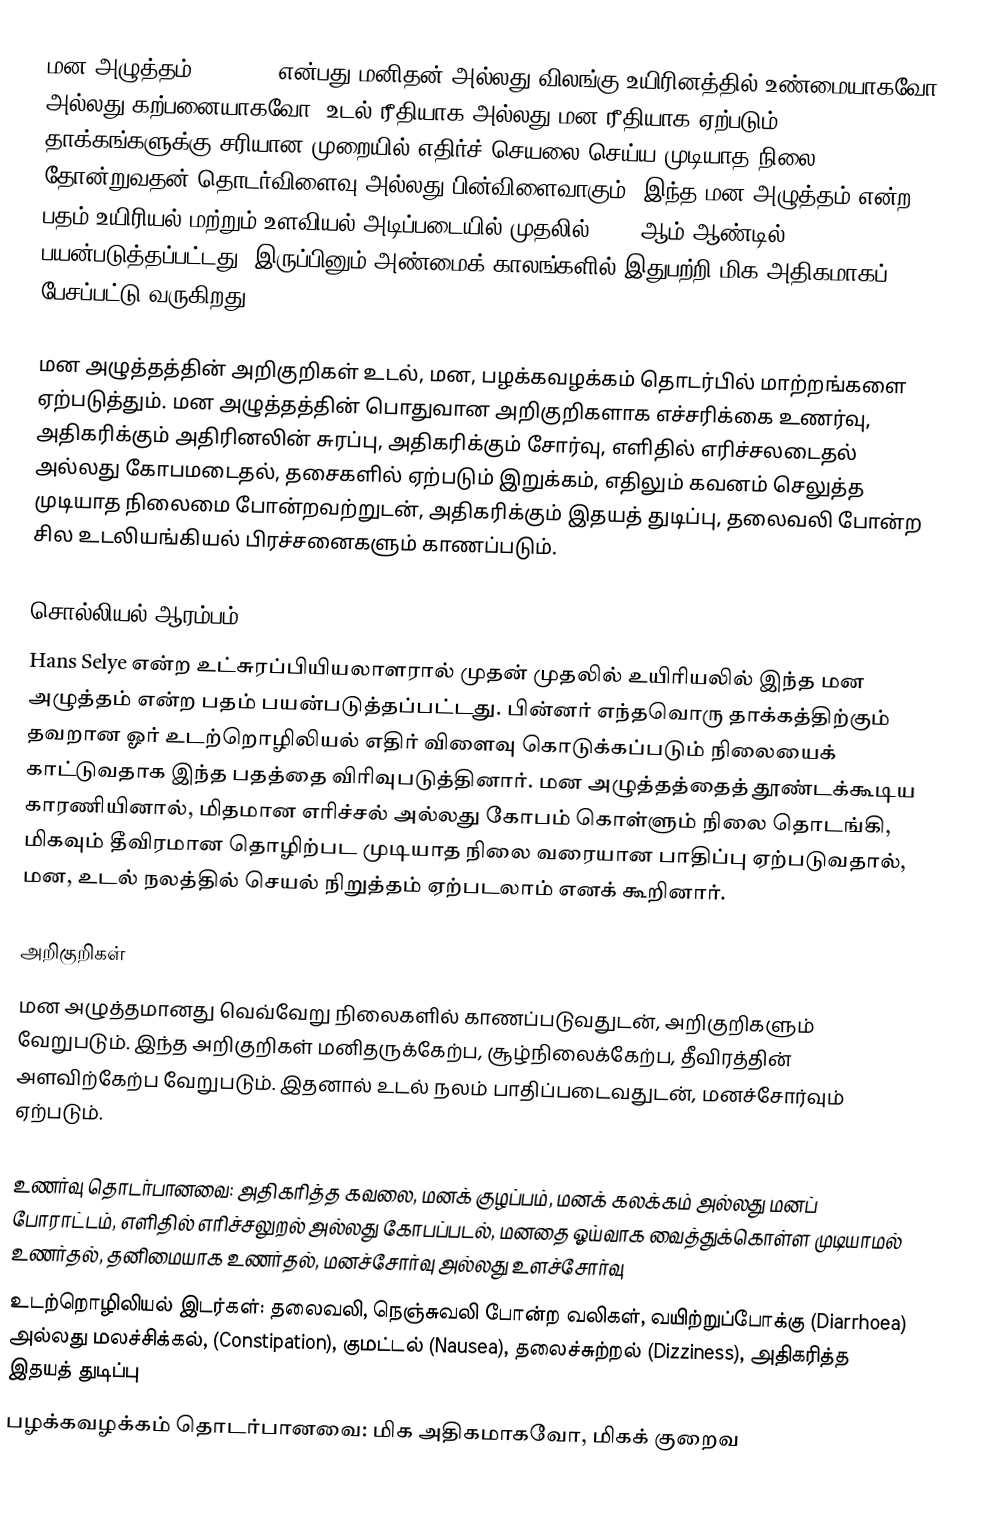
மன அழுத்தம் (Stress) என்பது மனிதன் அல்லது விலங்கு உயிரினத்தில் உண்மையாகவோ அல்லது கற்பனையாகவோ, உடல் ரீதியாக அல்லது மன ரீதியாக ஏற்படும் தாக்கங்களுக்கு சரியான முறையில் எதிர்ச் செயலை செய்ய முடியாத நிலை தோன்றுவதன் தொடர்விளைவு அல்லது பின்விளைவாகும். இந்த மன அழுத்தம் என்ற பதம் உயிரியல் மற்றும் உளவியல் அடிப்படையில் முதலில் 1930 ஆம் ஆண்டில் பயன்படுத்தப்பட்டது. இருப்பினும் அண்மைக் காலங்களில் இதுபற்றி மிக அதிகமாகப் பேசப்பட்டு வருகிறது.

மன அழுத்தத்தின் அறிகுறிகள் உடல், மன, பழக்கவழக்கம் தொடர்பில் மாற்றங்களை ஏற்படுத்தும். மன அழுத்தத்தின் பொதுவான அறிகுறிகளாக எச்சரிக்கை உணர்வு, அதிகரிக்கும் அதிரினலின் சுரப்பு, அதிகரிக்கும் சோர்வு, எளிதில் எரிச்சலடைதல் அல்லது கோபமடைதல், தசைகளில் ஏற்படும் இறுக்கம், எதிலும் கவனம் செலுத்த முடியாத நிலைமை போன்றவற்றுடன், அதிகரிக்கும் இதயத் துடிப்பு, தலைவலி போன்ற சில உடலியங்கியல் பிரச்சனைகளும் காணப்படும்.

சொல்லியல் ஆரம்பம்
Hans Selye என்ற உட்சுரப்பியியலாளரால் முதன் முதலில் உயிரியலில் இந்த மன அழுத்தம் என்ற பதம் பயன்படுத்தப்பட்டது. பின்னர் எந்தவொரு தாக்கத்திற்கும் தவறான ஓர் உடற்றொழிலியல் எதிர் விளைவு கொடுக்கப்படும் நிலையைக் காட்டுவதாக இந்த பதத்தை விரிவுபடுத்தினார். மன அழுத்தத்தைத் தூண்டக்கூடிய காரணியினால், மிதமான எரிச்சல் அல்லது கோபம் கொள்ளும் நிலை தொடங்கி, மிகவும் தீவிரமான தொழிற்பட முடியாத நிலை வரையான பாதிப்பு ஏற்படுவதால், மன, உடல் நலத்தில் செயல் நிறுத்தம் ஏற்படலாம் எனக் கூறினார்.

அறிகுறிகள்
மன அழுத்தமானது வெவ்வேறு நிலைகளில் காணப்படுவதுடன், அறிகுறிகளும் வேறுபடும். இந்த அறிகுறிகள் மனிதருக்கேற்ப, சூழ்நிலைக்கேற்ப, தீவிரத்தின் அளவிற்கேற்ப வேறுபடும். இதனால் உடல் நலம் பாதிப்படைவதுடன், மனச்சோர்வும் ஏற்படும்.

 உணர்வு தொடர்பானவை: அதிகரித்த கவலை, மனக் குழப்பம், மனக் கலக்கம் அல்லது மனப் போராட்டம், எளிதில் எரிச்சலுறல் அல்லது கோபப்படல், மனதை ஓய்வாக வைத்துக்கொள்ள முடியாமல் உணர்தல், தனிமையாக உணர்தல், மனச்சோர்வு அல்லது உளச்சோர்வு
 உடற்றொழிலியல் இடர்கள்: தலைவலி, நெஞ்சுவலி போன்ற வலிகள், வயிற்றுப்போக்கு (Diarrhoea) அல்லது மலச்சிக்கல்,  (Constipation), குமட்டல் (Nausea), தலைச்சுற்றல் (Dizziness), அதிகரித்த இதயத் துடிப்பு
 பழக்கவழக்கம் தொடர்பானவை: மிக அதிகமாகவோ, மிகக் குறைவ